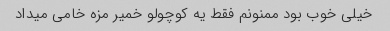
خیلی خوب بود ممنونم فقط یه کوچولو خمیر مزه خامی میداد